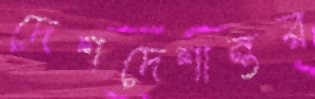
দেশদেশান্তর